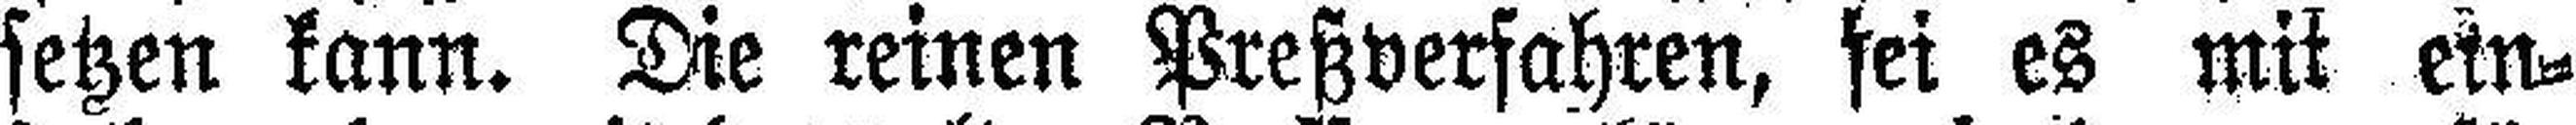
setzen kann. Die reinen Preßverfahren, sei es mit ein¬